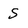
Character: S